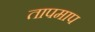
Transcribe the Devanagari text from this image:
तापमाप